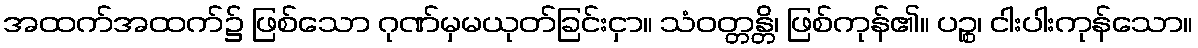
အထက်အထက်၌ ဖြစ်သော ဂုဏ်မှမယုတ်ခြင်းငှာ။ သံဝတ္တန္တိ၊ ဖြစ်ကုန်၏။ ပဉ္စ၊ ငါးပါးကုန်သော။